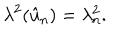
\lambda ^ { 2 } ( \hat { u } _ { \mathrm { n } } ) = \lambda _ { \mathrm { n } } ^ { 2 } .